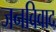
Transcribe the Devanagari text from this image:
जनविवाद